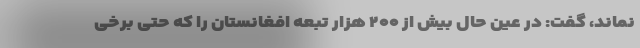
نماند، گفت: در عین حال بیش از ۲۰۰ هزار تبعه افغانستان را که حتی برخی